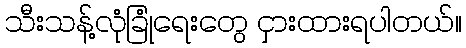
သီးသန့်လုံခြုံရေးတွေ ငှားထားရပါတယ်။